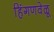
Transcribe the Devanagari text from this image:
हिंगणवेळू